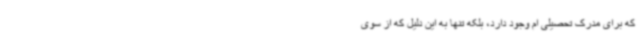
که برای مدرک تحصیلی ام وجود دارد، بلکه تنها به این دلیل که از سوی